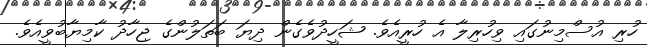
ހުރި އުސްމިނުގައި ވިހުރިލާ އެ ހުރީއެވެ. ޝަހީދުވެގެން ދިޔަ ބަތަލުންގެ ޖިހާދު ކާމިޔާބުވީއެވެ.